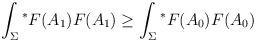
LaTeX: \begin{align*}\int_{\Sigma} {^\ast} F(A_{1}) F(A_{1}) \geq \int_{\Sigma} {^\ast}F(A_{0}) F(A_{0}) \end{align*}